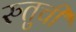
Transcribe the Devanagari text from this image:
रुतुची